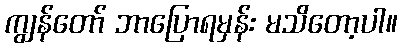
ကျွန်တော် ဘာပြောရမှန်း မသိတော့ပါ။